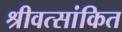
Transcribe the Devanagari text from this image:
श्रीवत्सांकित